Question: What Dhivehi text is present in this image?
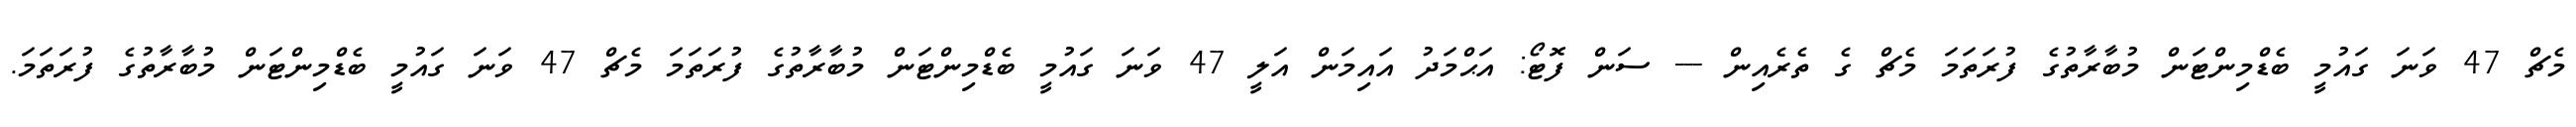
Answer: މެޗް 47 ވަނަ ގައުމީ ބެޑްމިންޓަން މުބާރާތުގެ ފުރަތަމަ މެޗް ގެ ތެރެއިން --- ސަން ފޮޓޯ: އަޙްމަދު އައިމަން އަލީ 47 ވަނަ ގައުމީ ބެޑްމިންޓަން މުބާރާތުގެ ފުރަތަމަ މެޗް 47 ވަނަ ގައުމީ ބެޑްމިންޓަން މުބާރާތުގެ ފުރަތަމަ.